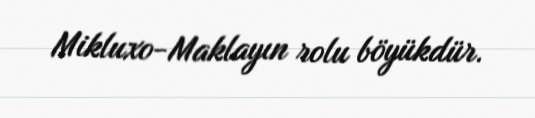
Mikluxo-Maklayın rolu böyükdür.